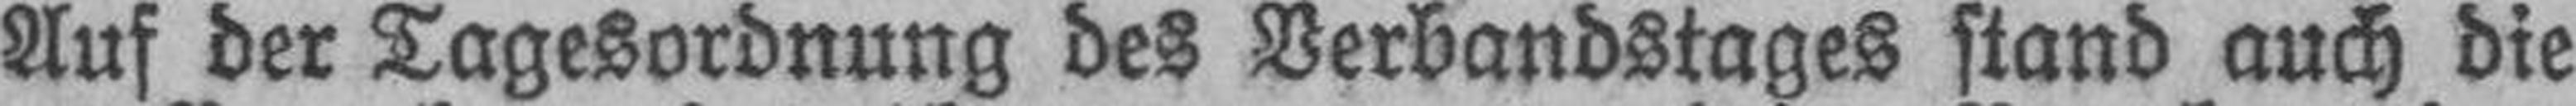
Auf der Tagesordnung des Verbandstages stand auch die